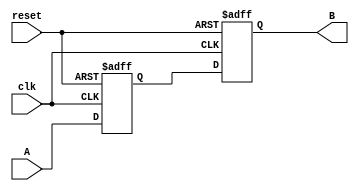
module Delay #(
    parameter DELAY_TIME = 10  // Delay time in time units (e.g., nanoseconds)
)(
    input wire clk,             // Clock signal
    input wire reset,           // Reset signal
    input wire A,               // Input signal
    output reg B                // Output signal
);

    // Internal variable to hold the delayed value
    reg A_delayed;

    // Always block triggered on the rising edge of the clock
    always @(posedge clk or posedge reset) begin
        if (reset) begin
            B <= 1'b0;           // Reset output to low
            A_delayed <= 1'b0;   // Reset delayed value
        end else begin
            // Capture the input signal A after the specified delay
            A_delayed <= A;
            // Use a delay mechanism (non-blocking assignment)
            #DELAY_TIME B <= A_delayed;
        end
    end

endmodule